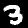
Label: 3